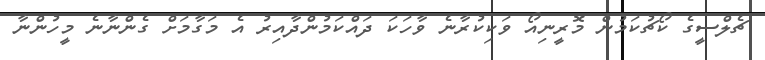
ޗެލްސީގެ ކޯޗުކަމުން މޮރީނިއޯ ވަކިކުރާނެ ވާހަކަ ދައްކަމުންދާއިރު އެ މަގާމަށް ގެންނާނެ މީހުންނާ